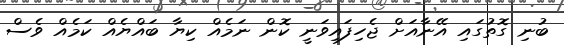
ބުނި ގޮތުގައި އޭނާއަށް ޖެހިފައިވަނީ ކޮން ނަމެއް ކިޔާ ބައްޔެއް ކަމެއް ވެސް